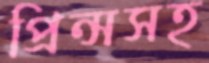
প্রিন্সসহ